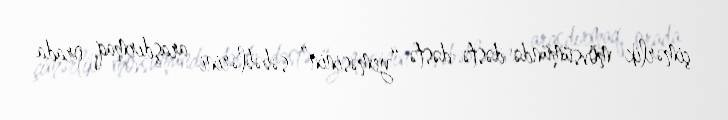
çimərlik mövsümündə dəstə-dəstə “yeməsinin” səbəblərini araşdırmaq, orada